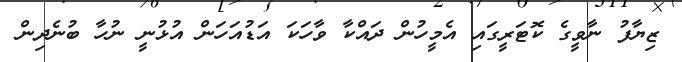
ޒިޔާފު ނާވީގެ ކޮޓަރީގައި އެމީހުން ދައްކާ ވާހަކަ އަޑުއަހަން އުޅުނީ ނުހާ ބުނެދިން